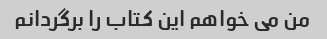
من می خواهم این کتاب را برگردانم